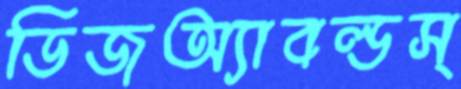
ডিজঅ্যাবল্ডস্